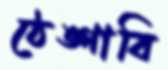
ঠেঙ্গাবি